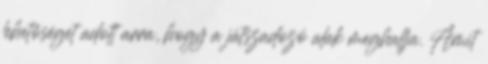
lehetőséget adott arra, hogy a játszadozó alak meghallja. Amit